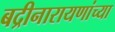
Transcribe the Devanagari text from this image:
बद्रीनारायणांच्या